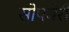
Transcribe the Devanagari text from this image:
सोपबेरी